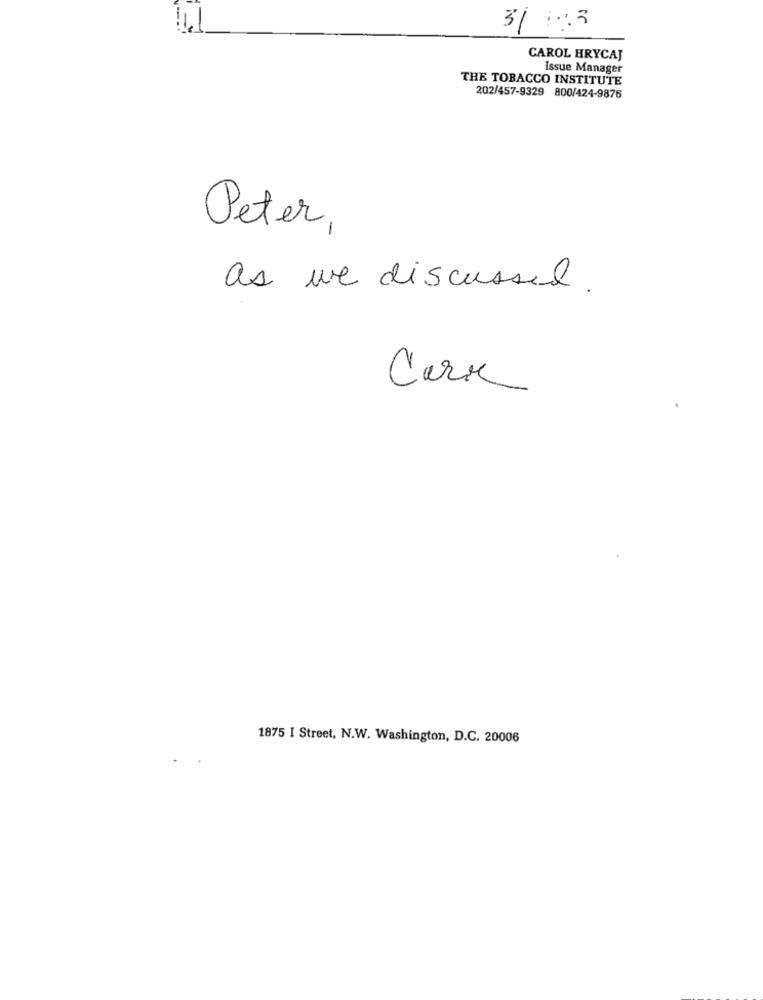
31 1:3
CAROL HRYCAJ
Issue Manager
THE TOBACCO INSTITUTE
202/457-9329 800/424-9875
Peter,
as we discussed.
Carr
1875 I Street, N.W. Washington, D.C. 20006